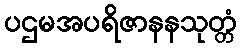
ပဌမအပရိဇာနနသုတ္တံ